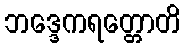
ဘဒ္ဒေကရတ္တောတိ